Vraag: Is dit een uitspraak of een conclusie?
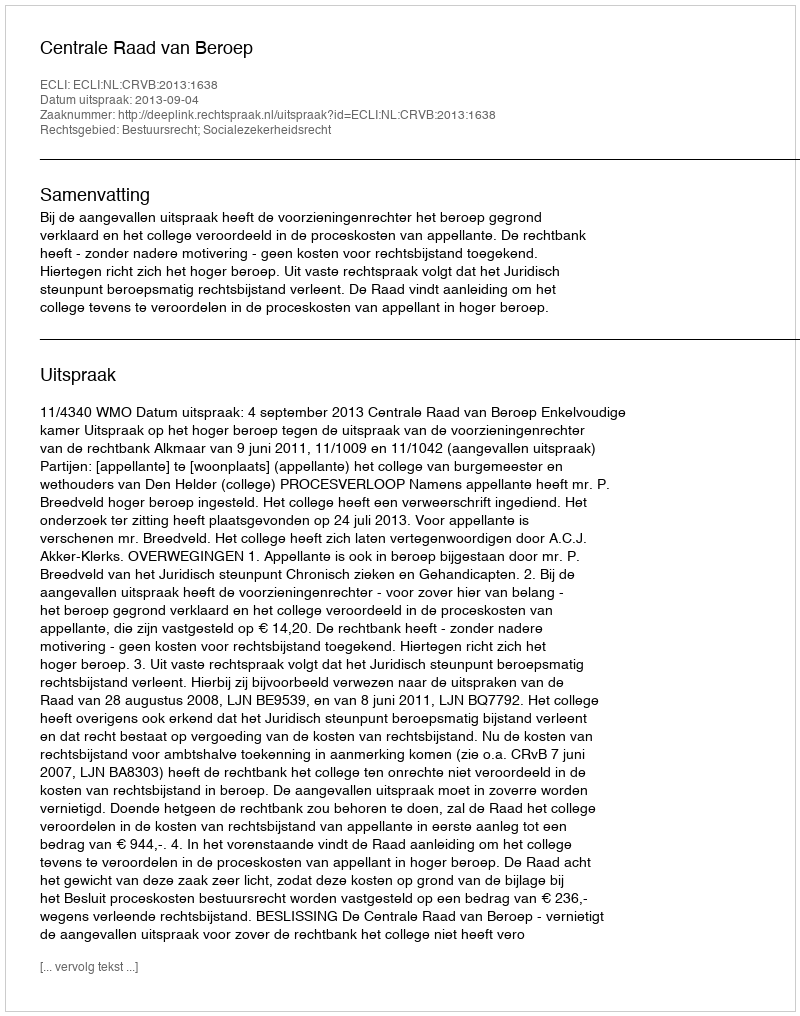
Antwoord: Uitspraak